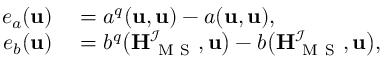
\begin{array} { r l } { e _ { a } ( \mathbf { u } ) } & { { } { } = a ^ { q } ( \mathbf { u } , \mathbf { u } ) - a ( \mathbf { u } , \mathbf { u } ) , } \\ { e _ { b } ( \mathbf { u } ) } & { { } { } = b ^ { q } \big ( \mathbf { H } _ { \mathrm { ~ M ~ S ~ } } ^ { \mathcal { I } } , \mathbf { u } \big ) - b \big ( \mathbf { H } _ { \mathrm { ~ M ~ S ~ } } ^ { \mathcal { I } } , \mathbf { u } \big ) , } \end{array}